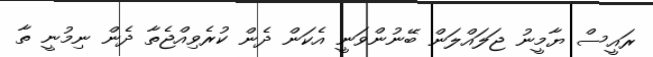
ރައީސް ޔާމީނު ޖަލައްލަން ބޭނުންވަނީ އެކަން ދެން ކުރެވިއްޖެތާ ދެން ނިމުނީ ތާ